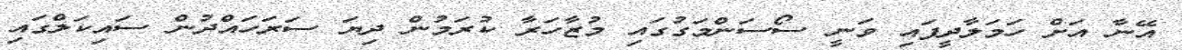
އޭނާ އަށް ހަމަލާދީފައި ވަނީ ސޯސަންމަގުގައި މުޒާހަރާ ކުރަމުން ދިޔަ ސަރަހައްދުން ސައިކަލްގައި